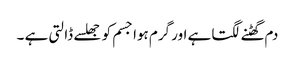
دم گھٹنے لگتا ہے اور گرم ہوا جسم کو جھلسے ڈالتی ہے ۔